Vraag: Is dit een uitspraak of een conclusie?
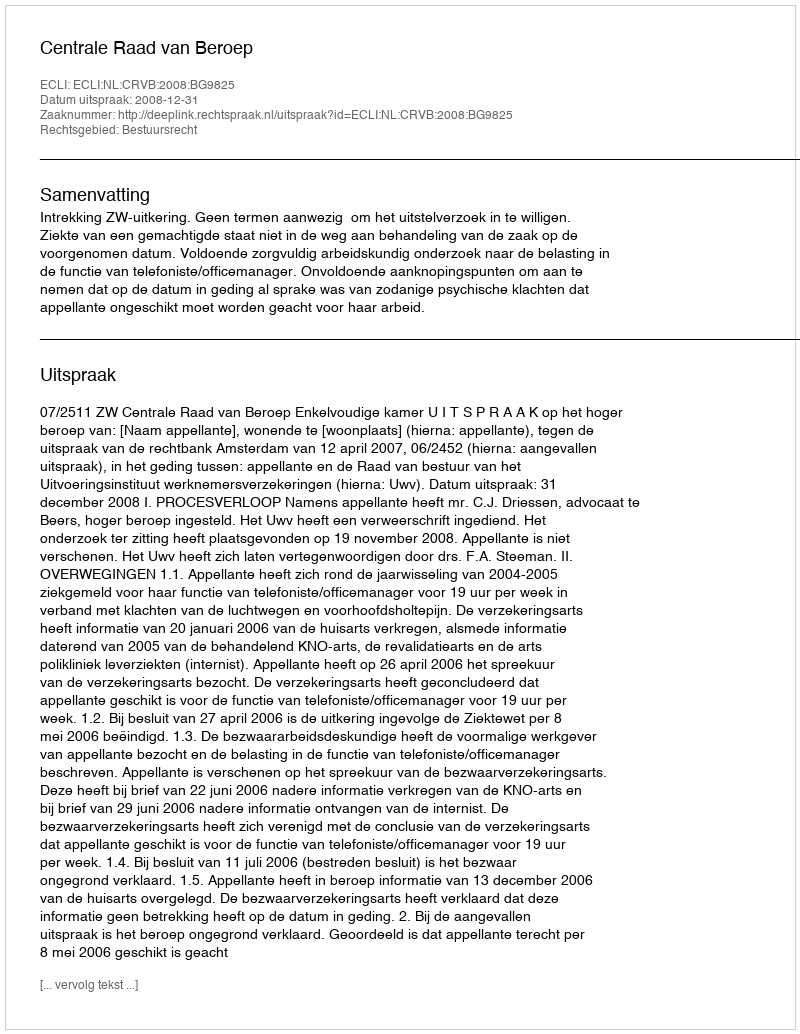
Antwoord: Uitspraak